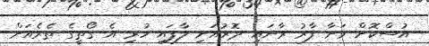
އުސްކޮށް ވަށާ ފާރު ރާނައި ދޮރުއަށި ލާފައި ހުރި އެ ގޯތީގެ ތެރެއަށް